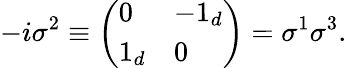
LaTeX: -i\sigma^{2}\equiv\left(\begin{array}{ll}{{0}}&{{-1_{d}}}\\ {{1_{d}}}&{{0}}\end{array}\right)=\sigma^{1}\sigma^{3}.